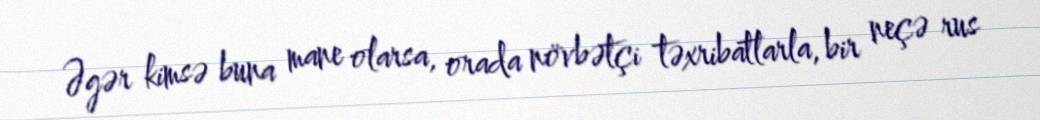
Əgər kimsə buna mane olarsa, orada növbətçi təxribatlarla, bir neçə rus